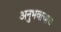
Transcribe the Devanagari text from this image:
अनुभवाचाच